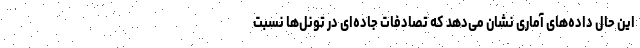
این حال داده‌های آماری نشان می‌دهد که تصادفات جاده‌ای در تونل‌ها نسبت